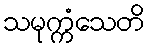
သမုက္ကံသေတိ